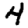
Digit: 4